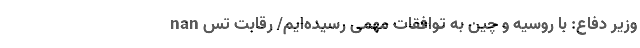
nan وزیر دفاع: با روسیه و چین به توافقات مهمی رسیده‌ایم/ رقابت تس